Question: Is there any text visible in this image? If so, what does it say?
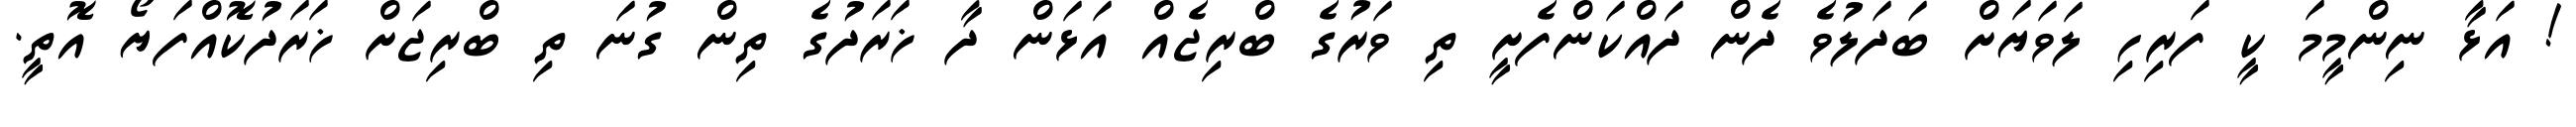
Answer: ! އަޅާ ނިންމީމަ ކީ ފަރިހި ލަވަޔަށް ބަދަލުވެ ދެން ދައްކަންފެށީ ތި ވަރުގެ ބްރިޖެއް އަޅަން ދާ ޚަރަދުގެ ތިން ގުނަ ތި ބްރިޖަށް ޚަރަދުކޮއްފަޔޯ އޮތީ.